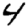
Digit: 4